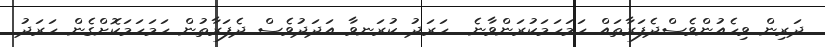
ދަރިން ވިހެއުންވެސްދެފަރާތައް ހަމަހަމަކުރަންވާނެ  ހަރަދު ކުރަނވާ އަދަދުވެސް ދެފަރާތުން ހަމަހަމަކޮށްގެން ހަރަދު